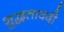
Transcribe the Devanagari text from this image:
शुद्धतावदी